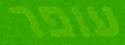
עופר